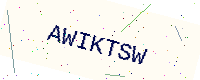
Text: AWIKTSW